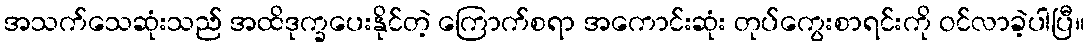
အသက်သေဆုံးသည် အထိဒုက္ခပေးနိုင်တဲ့ ကြောက်စရာ အကောင်းဆုံး တုပ်ကွေးစာရင်းကို ဝင်လာခဲ့ပါပြီ။